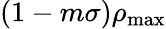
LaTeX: (1-m\sigma)\rho_{\mathrm{max}}